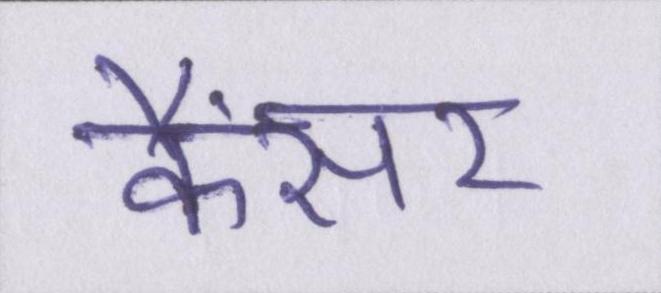
कैंसर